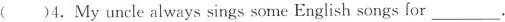
( )4.My uncle always sings some English songs for___.